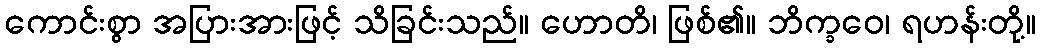
ကောင်းစွာ အပြားအားဖြင့် သိခြင်းသည်။ ဟောတိ၊ ဖြစ်၏။ ဘိက္ခဝေ၊ ရဟန်းတို့။